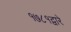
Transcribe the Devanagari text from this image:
१७८१द्वारे